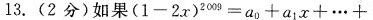
13.(2分)如果$$(1 -2x)^{2009} = a_{0} + a_{1} x + \cdots +$$